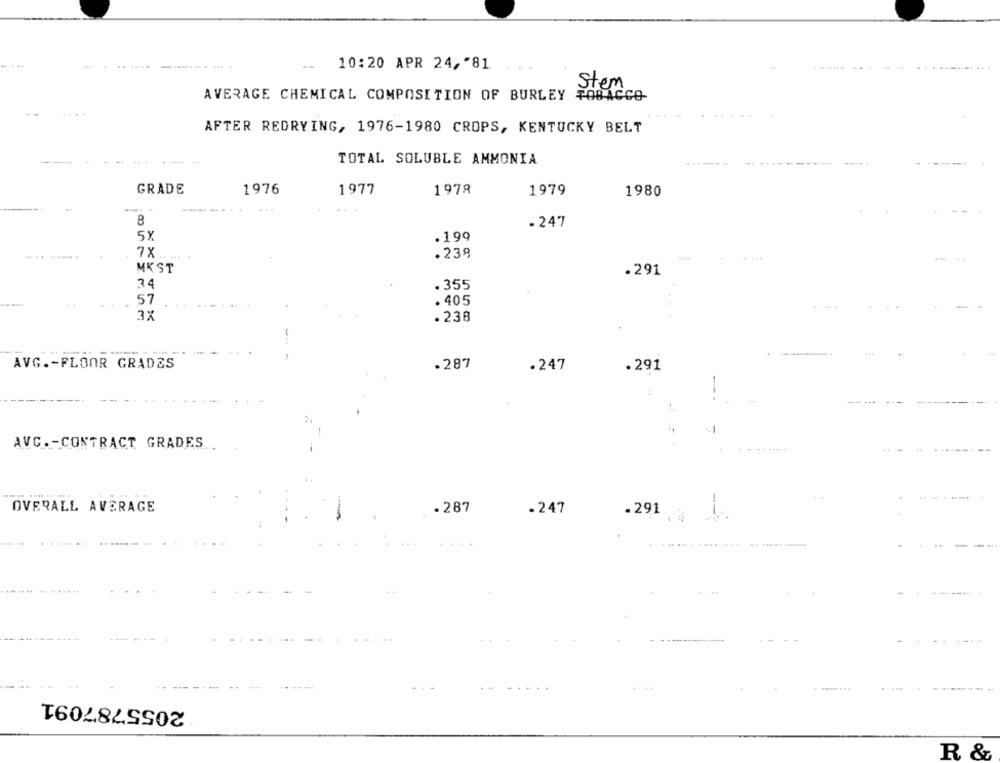
10:20 APR 24,"81
stem
AVERAGE CHEMICAL COMPOSITION OF BURLEY
.....
AFTER REDRYING, 1976-1980 CROPS, KENTUCKY BELT
-- -
TOTAL SOLUBLE AMMONIA
GRADE
1976
1977
1978
1979
1980
8
. 247
5X
.199
7X
.238
MKST
.291
34
. 355
57
. 405
3X
.238
-..
AVG .- FLOOR GRADES
.287
.247
.291
AVG. - CONTRACT GRADES
--
OVERALL AVERAGE
. 287
.247
.291
..
.... .
........ .. ...........
.
--
2055787091
R &